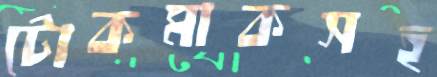
টোকমাকসহ